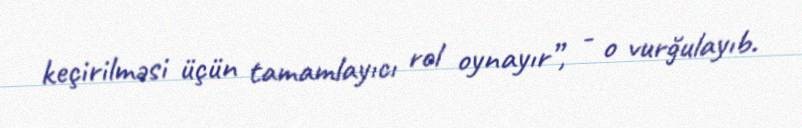
keçirilməsi üçün tamamlayıcı rol oynayır”, - o vurğulayıb.